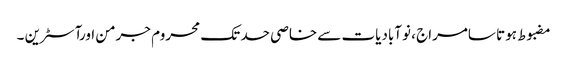
مضبوط ہوتا سامراج ، نوآبادیات سے خاصی حد تک محروم جرمن اورآسٹرین ۔